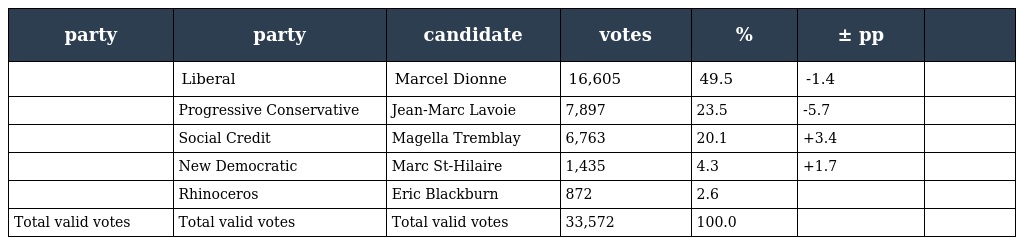
| party | party | candidate | votes | % | ± pp |  |
 | --- | --- | --- | --- | --- | --- | --- |
 |  | Liberal | Marcel Dionne | 16,605 | 49.5 | -1.4 |  |
 |  | Progressive Conservative | Jean-Marc Lavoie | 7,897 | 23.5 | -5.7 |  |
 |  | Social Credit | Magella Tremblay | 6,763 | 20.1 | +3.4 |  |
 |  | New Democratic | Marc St-Hilaire | 1,435 | 4.3 | +1.7 |  |
 |  | Rhinoceros | Eric Blackburn | 872 | 2.6 |  |  |
 | Total valid votes | Total valid votes | Total valid votes | 33,572 | 100.0 |  |  |